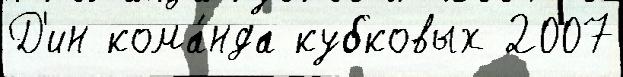
Д'ин кома́нда кубковых 2007